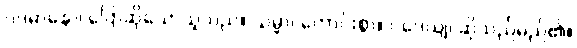
ဝဒမာနော၊ ပြောဆိုသောသူသည်။ သမ္မာ၊ ကောင်းစွာ။ ဝဒေယျ၊ ဆိုသည်မည်၏။